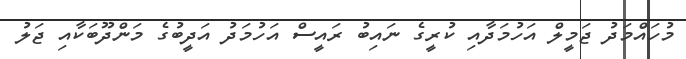
މުހައްމަދު ޖަމީލް އަހުމަދާއި ކުރީގެ ނައިބު ރައީސް އަހުމަދު އަދީބުގެ މަންދޫބަކާއި ޖަލު